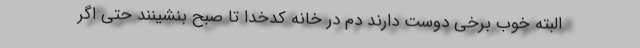
البته خوب برخی دوست دارند دم در خانه کدخدا تا صبح بنشینند حتی اگر